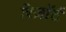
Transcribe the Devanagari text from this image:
रिज़ाॅर्ट